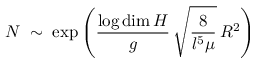
{ \cal N } \; \sim \; \exp \left( \frac { \log \dim { \cal H } } { g } \, \sqrt { \frac { 8 } { l ^ { 5 } \mu } } \, R ^ { 2 } \right)